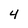
Character: 4